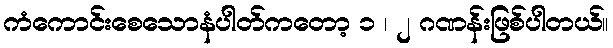
ကံကောင်းစေသောနံပါတ်ကတော့ ၁ ၊ ၂ ဂဏန်းဖြစ်ပါတယ်။